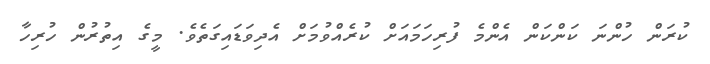
ކުރަން ހުންނަ ކަންކަން އެންމެ ފުރިހަމައަށް ކުރެއްވުމަށް އެދިވަޑައިގަތެވެ. މީގެ އިތުރުން ހުރިހާ